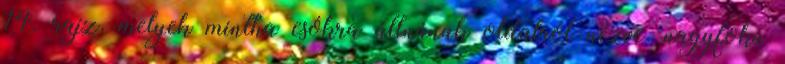
14. rajz, melyek mintha csókra állnának oldalról nézve, nagyfokú